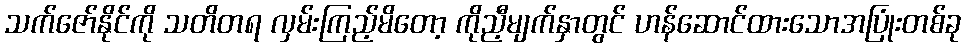
သက်ဇော်နိုင်ကို သတိတရ လှမ်းကြည့်မိတော့ ကိုညီ့မျက်နှာတွင် ဟန်ဆောင်ထားသောအပြုံးတစ်ခု